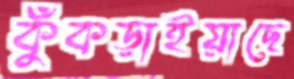
কুঁকড়াইয়াছে